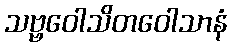
သဗ္ဗဝေါသိတဝေါသာနံ